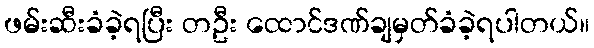
ဖမ်းဆီးခံခဲ့ရပြီး တဦး ထောင်ဒဏ်ချမှတ်ခံခဲ့ရပါတယ်။